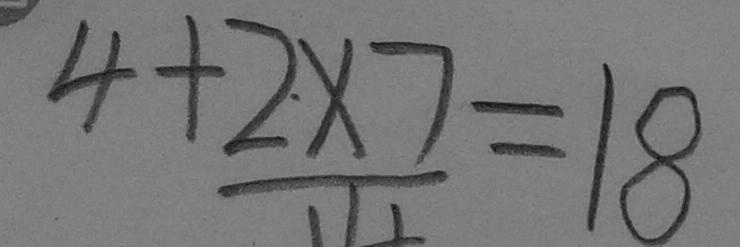
4 + 2 \times 7 = 1 8